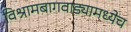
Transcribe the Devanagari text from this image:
विश्रामबागवाड्यामध्येच